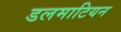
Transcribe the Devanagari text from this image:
डलमाटियन